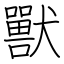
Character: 獸